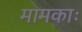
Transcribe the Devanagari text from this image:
मामकाः